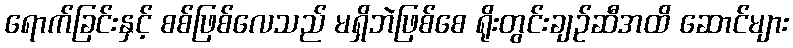
ရောက်ခြင်းနှင့် စစ်ဖြစ်လေသည် မရှိဘဲဖြစ်စေ ရိုးတွင်းချဉ်ဆီအထိ ဆောင်များ